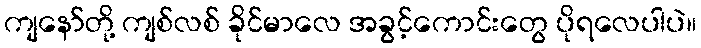
ကျနော်တို့ ကျစ်လစ် ခိုင်မာလေ အခွင့်ကောင်းတွေ ပိုရလေပါပဲ။